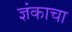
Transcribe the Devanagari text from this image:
ज्ञंकाचा